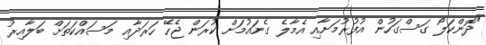
"ދޮންކަލޯ ގަސްގަހުން އުފުރުމަށާއި އެމާލެ ގެނައުމަށް ކުރަން ޖެހޭ ހަރަދާއި މަސައްކަތަށް ބަލާއިރު